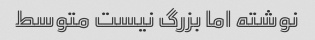
نوشته اما بزرگ نیست متوسط